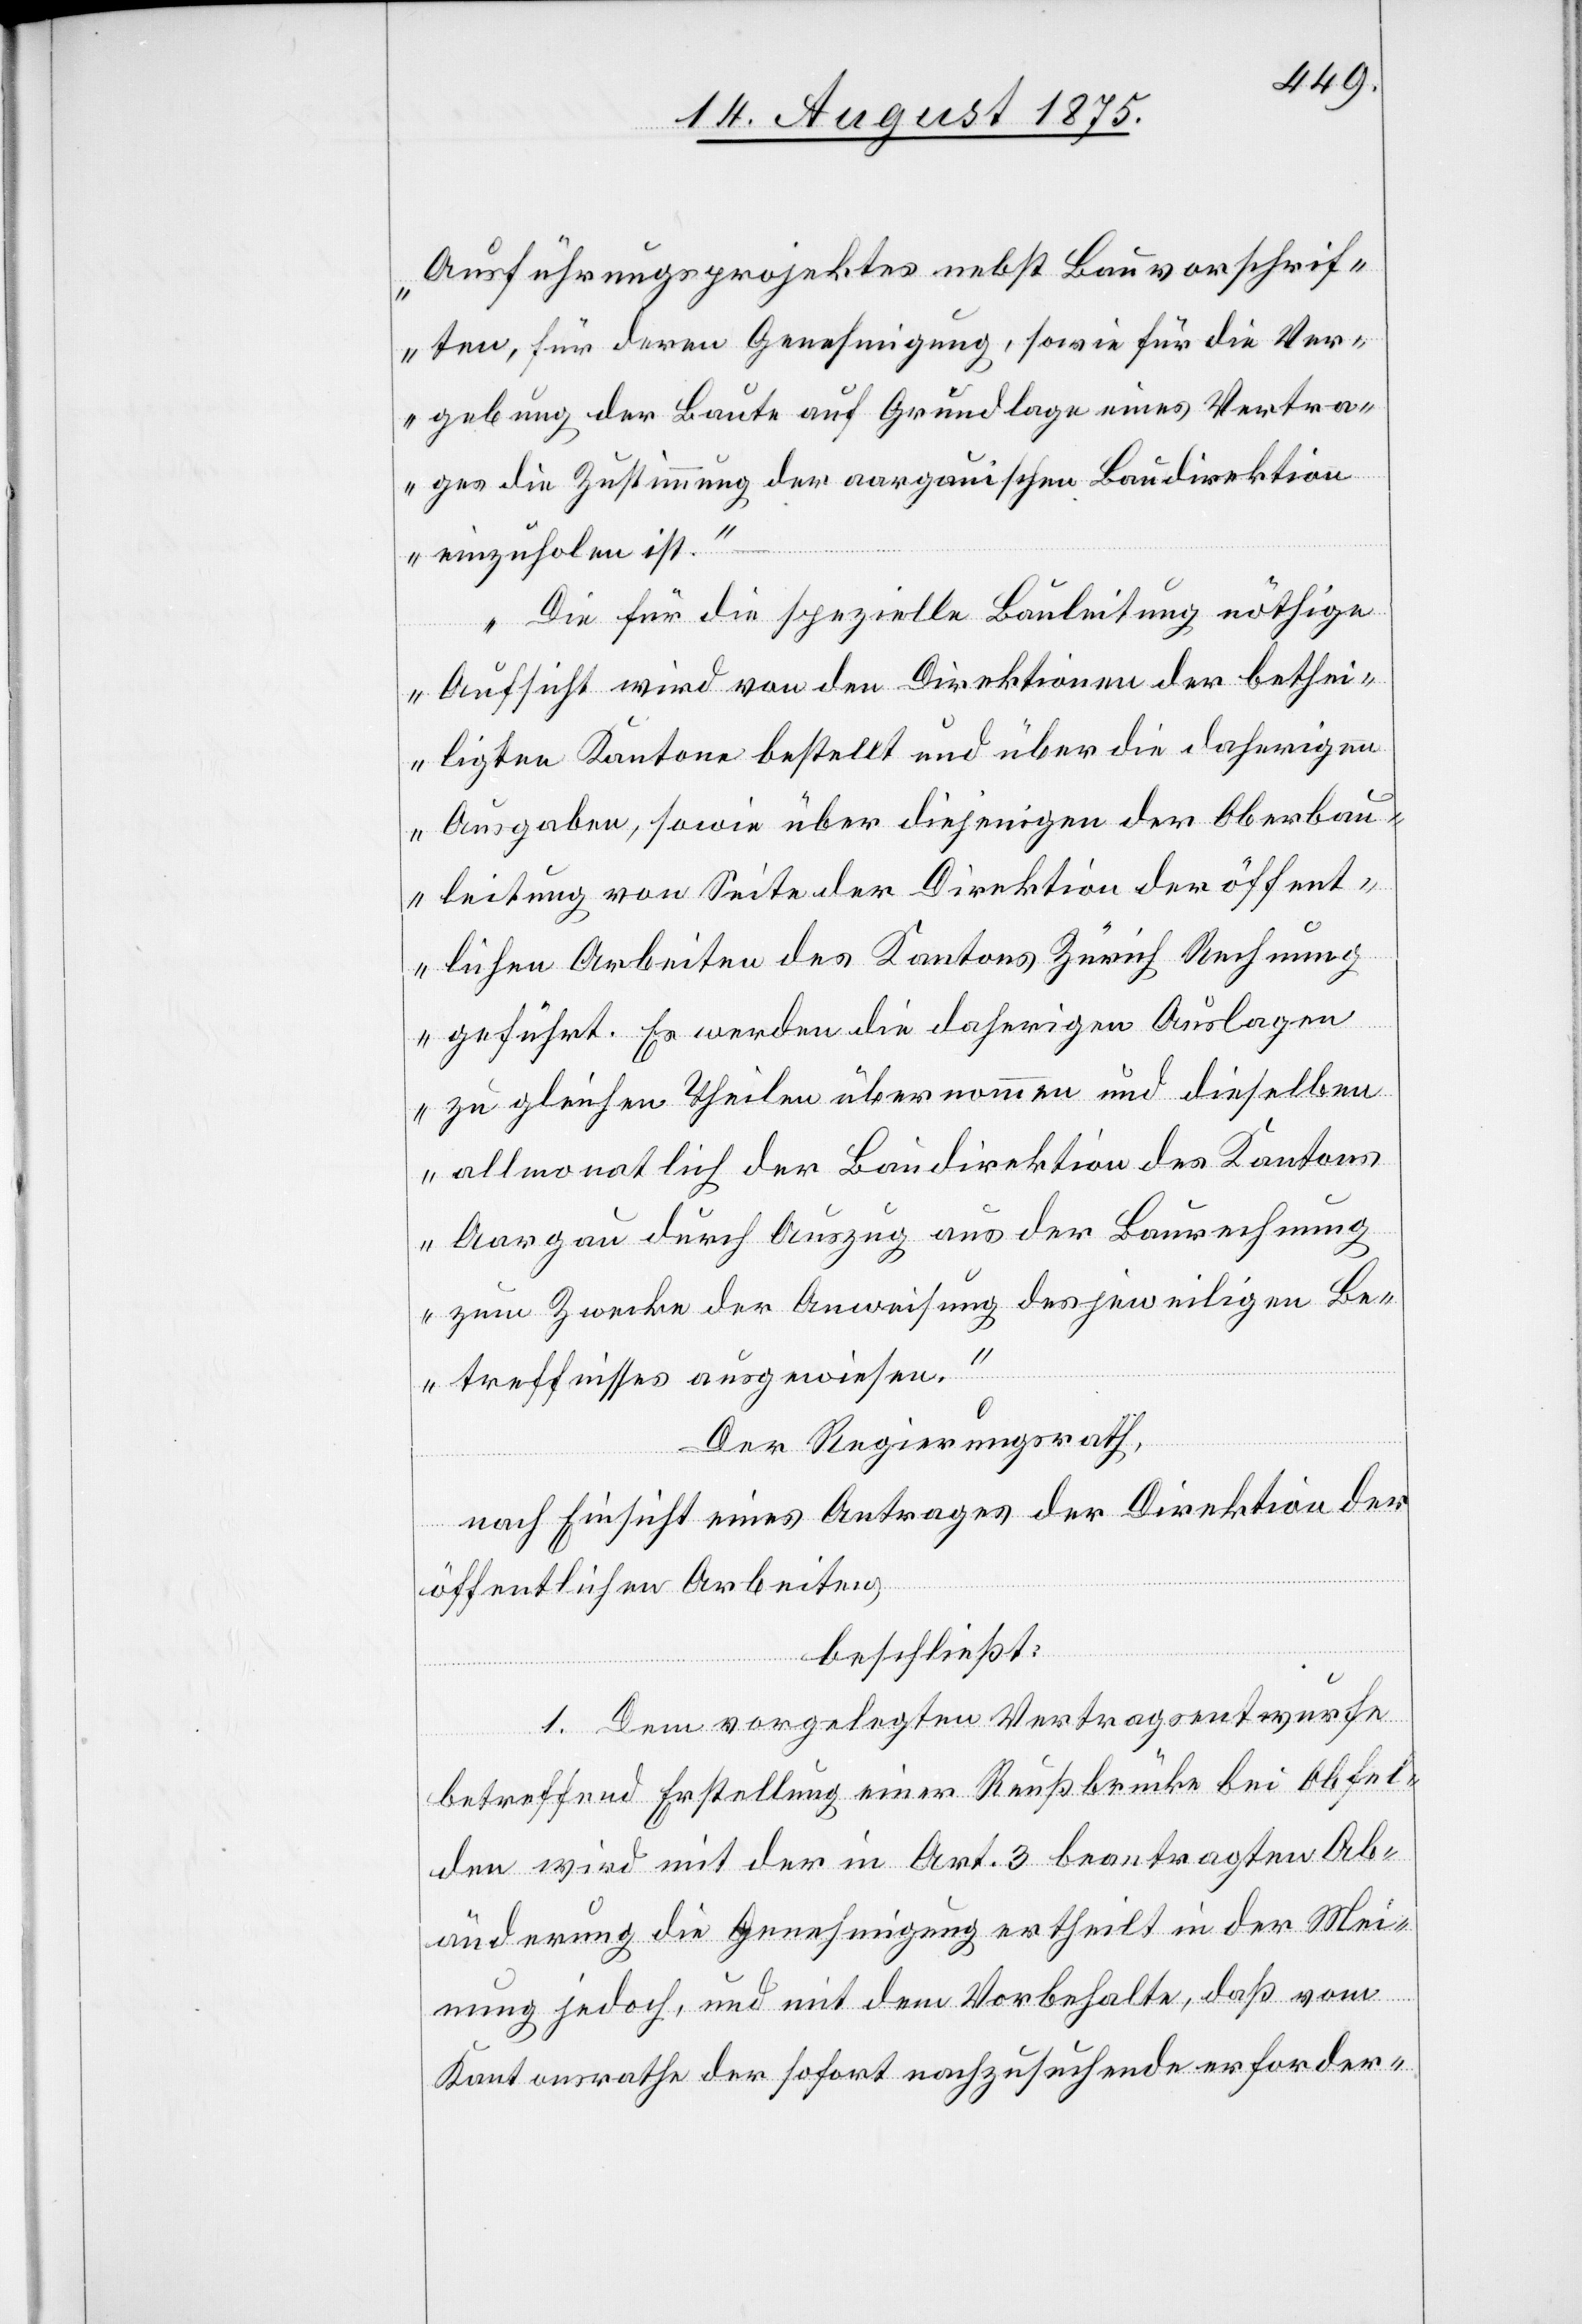
Ausführungsprojektes nebst Bauvorschrif¬
ten, für deren Genehmigung, sowie für die Ver¬
gebung der Baute auf Grundlage eines Vertra¬
ges die Zustimmung der aargauischen Baudirektion
einzuholen ist.“
„Die für die spezielle Bauleitung nöthige
Aufsicht wird von den Direktionen der bethei¬
ligten Kantone bestellt und über die daherigen
Ausgaben, sowie über diejenigen der Oberbau¬
leitung von Seite der Direktion der öffent¬
lichen Arbeiten des Kantons Zürich Rechnung
geführt. Es werden die daherigen Auslagen
zu gleichen Theilen übernommen und dieselben
allmonatlich der Baudirektion des Kantons
Aargau durch Auszug aus der Baurechnung
zum Zwecke der Anweisung des jeweiligen Be¬
treffnisses ausgewiesen.“
Der Regierungsrath,
nach Einsicht eines Antrages der Direktion der
öffentlichen Arbeiten,
beschließt:
1. Dem vorgelegten Vertragsentwurfe
betreffend Erstellung einer Reußbrücke bei Obfel¬
den wird mit der in Art. 3 beantragten Ab¬
änderung die Genehmigung ertheilt in der Mei¬
nung jedoch, und mit dem Vorbehalte, daß vom
Kantonsrathe der sofort nachzusuchende erforder-